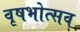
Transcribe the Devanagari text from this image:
वृषभोत्सव